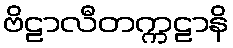
ဗိဠာလီတက္ကဠာနိ